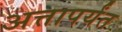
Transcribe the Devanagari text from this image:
अत्तापर्यंत